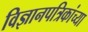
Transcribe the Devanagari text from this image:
विज्ञानपत्रिकांच्या